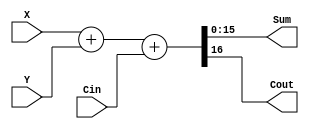
module Addern (Cin, X, Y, Sum, Cout);
	parameter n = 16;
	input Cin;
	input [n-1:0] X, Y;
	output [n-1:0] Sum;
	output Cout;

	assign {Cout, Sum} = X + Y + Cin;

endmodule